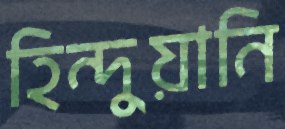
হিন্দুয়ানি